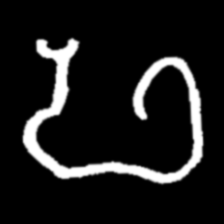
Pyu character \u2014 Myanmar letter: ဖ (romanized: pha)